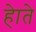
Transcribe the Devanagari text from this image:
हेाते